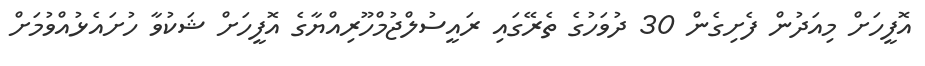
އޮފީހަށް މިއަދުން ފެށިގެން 30 ދުވަހުގެ ތެރޭގައި ރައީސުލްޖުމްހޫރިއްޔާގެ އޮފީހަށް ޝަކުވާ ހުށައެޅުއްވުމަށް